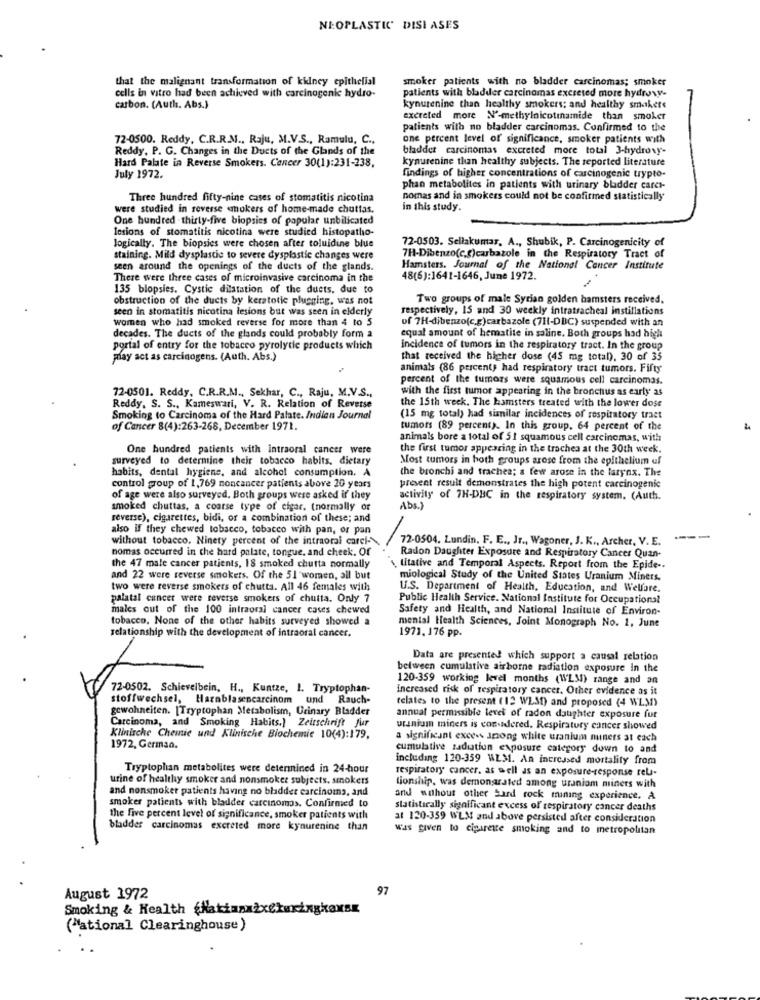
NEOPLASTIC DISI ASES
that the malignant transformation of kidney epithelial
smoker patients with no bladder carcinomas; smoker
cells in vitro had been achieved with carcinogenic hydro-
patients with bladder carcinomas excreted more hydroxy-
carbon. (Auth. Abs.)
kynurenine than healthy smokers; and healthy smakets
excreted more N'-methylnicotinamide than smoker
patients with no bladder carcinomas. Confirmed to the
72-0500. Reddy, C.R.R.M ., Raju, M.V.S ., Ramulu, C .,
one percent level of significance, smoker patients with
Reddy, P. G. Changes in the Ducts of the Glands of the
bladder carcinomas excreted more total 3-hydroxy-
kynurenine than healthy subjects. The reported literature
Hard Palate in Reverse Smokers. Cancer 30(1):231-238,
July 1972.
findings of higher concentrations of carcinogenic trypto-
phan metabolites in patients with urinary bladder carci-
Three hundred fifty-nine cases of stomatitis nicotina
nomas and in smokers could not be confirmed statistically
were studied in reverse «mokers of home-made chuttas.
in this study.
One hundred thirty-five biopsies of popular unbilicated
lesions of stomatitis nicotina were studied histopatho-
72-0503. Sellakumar, A ., Shubik, P. Carcinogenicity of
logically. The biopsies were chosen after toluidine blue
staining. Mild dysplastic to severe dysplastic changes were
7H-Dibenzo(c.g)carbazole in the Respiratory Tract of
seen around the openings of the ducts of the glands.
Hamsters. Journal of the National Cancer Institute
There were three cases of microinvasive carcinoma in the
48(6):1641-1646, June 1972.
135 biopsies. Cystic dilatation of the duets, due to
obstruction of the ducts by keratotie plugging, was not
Two groups of male Syrian golden hamsters received.
seen in stomatitis nicotina lesions but was seen in elderly
respectively, 15 and 30 weekly intratracheal instillations
women who had smoked reverse for more than 4 to 5
of 7H-dibenzo(c.g)carbazole (711-DBC) suspended with an
decades. The ducts of the glands could probably form a
equal amount of hematite in saline. Both groups had high
portal of entry for the tobacco pyrolyde products which
incidence of tumors in the respiratory tract. In the group
play act as carcinogens. (Auth. Abs.)
that received the higher dose (45 mg total), 30 of 35
animals (86 percent; had respiratory tract tumors. Fifty'
percent of the tumors were squamous cell carcinomas.
72-0501. Reddy, C.R.R.M ., Sekhar, C ., Raju, M.V.S .,
with the first tumor appearing in the bronchus as early as
Reddy. S. S ., Kameswari, V. R. Relation of Reverse
the 15th week. The hamsters treated with the lower dose
Smoking to Carcinoma of the Hard Palate. Indian Journal
(15 mg total) had similar incidences of respiratory tract
of Cancer 8(4):263-268, December 1971.
tumors (89 percent). In this group. 64 percent of the
animals bore a total of 51 squamous cell carcinomas, with
One hundred patients with intraoral cancer were
the first tumor appearing in the trachea at the 30th week.
surveyed to determine their tobacco habits, dietary
Most tumors in both groups arose from the epithelium uf
habits, dental hygiene, and alcohol consumption. A
the bronchi and trachea; a few arose in the larynx. The
control group of 1,769 moncancer patients above 20 years
present result demonstrates the high potent carcinogenic
of age were also surveyed. Both groups were asked if they
activity of 7H-DBC in the respiratory system. (Auth.
smoked chuttas, a coarse type of cigar. (normally or
Abs.)
reverse), cigarettes, bidi, or a combination of these; and
-
also if they chewed tobacco, tobacco with pan, or pan
without tobacco. Ninety percent of the intraoral carci-
72-0504. Lundin, F. E ., Jr ., Wagoner, J. K ., Archer, V. E.
nomas occurred in che hard palate, tongue, and cheek. Of
Radon Daughter Exposure and Respiratory Cancer Quan-
the 47 male cancer patients, 18 smoked chutta normally
titative and Temporal Aspects. Report from the Epide --
and 22 were reverse smokets. Of the 51 women, ail but
miological Study of the United States Uranium Miners.
two were reverse smokers of chutta. All 46 females with
U.S. Department of Health, Education, and Welfare.
palatal cancer were reverse smokers of chutta. Only 7
Public Health Service. National Institute for Occupational
males out of the 100 intraoral cancer cases chewed
Safety and Health, and National Institute of Environ-
tobacco. None of the other habits surveyed showed a
mental Health Sciences, Joint Monograph No. 1. June
relationship with the development of intraoral cancer.
1971, 176 pp.
Data are presented which support a causal relation
between cumulative airborne radiation exposure in the
120-359 working level months (WLM) range and an
72-0502. Schievelbein, H ., Kuntze, 1. Tryptophan-
Increased risk of respiratory cancer. Other evidence as it
stoffwechsel, Harnblasencarcinom und Rauch-
telates to the present ( 12 WLSf) and proposed (4 WLMI)
gewohneiten. [Tryptophan Metabolism, Urinary Bladder
Carcinoma, and Smoking Habits.) Zeitschrift fur
annual permissible levet of radon daughter exposure fur
uranium miners is cos iddered, Respiratory cancer showed
Klinische Chemie und Klinische Biochemie 10(4):179,
a significant excess among white uranium niners at each
1972, German.
cumulative radiation exposure category down to and
including 120-359 WLM1. An increased mortality from
Tryptophan metabolites were determined in 24-hour
respiratory cancer, as well as an exposure-response rela-
urine of healthy smoker and nonsmoker subjects. smokers
and nonsmoker patients having no bladder carcinoma, and
Gionship, was demonarated among uraniom miners with
and without other hard rock maning experience. A
smoker patients with bladder carcinomas. Confirmed to
statistically significant excess of respiratory cancer deaths
the five percent level of significance, smoker patients with
at 120-359 WLM and above persisted after consideration
bladder carcinomas excreted more kynurenine than
was given to cigarette smoking and to metropolitan
97
August 1972
Smoking & Health <Nakiazx2xckuxingkaxsx
("ational Clearinghouse)